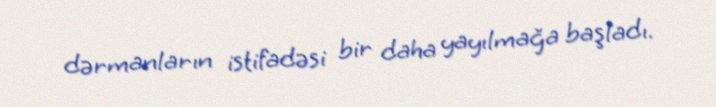
dərmanların istifadəsi bir daha yayılmağa başladı.